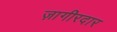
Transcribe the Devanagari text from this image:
ज़ागीरदार